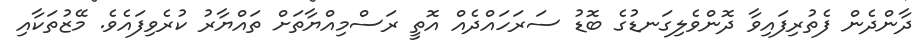
ދާންދެން ފެތުރިފައިވާ ދޮންވެލިގަނޑުގެ ބޮޑު ސަރަހައްދެއް އޮތީ ރަސްމިއްޔާތަށް ތައްޔާރު ކުރެވިފައެވެ. މޭޒުތަކާއި